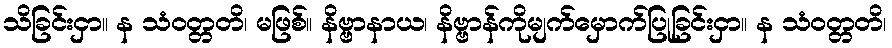
သိခြင်းငှာ။ န သံဝတ္တတိ၊ မဖြစ်။ နိဗ္ဗာနာယ၊ နိဗ္ဗာန်ကိုမျက်မှောက်ပြုခြင်းငှာ။ န သံဝတ္တတိ၊